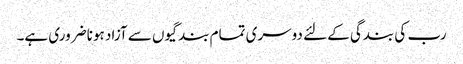
رب کی بندگی کے لئے دوسری تمام بندگیوں سے آزاد ہونا ضروری ہے۔